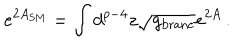
e ^ { 2 A _ { \mathrm { S M } } } = \int d ^ { p - 4 } z \sqrt { g _ { \mathrm { b r a n e } } } e ^ { 2 A } \, .